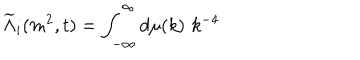
\widetilde { \Lambda } _ { i } ( m ^ { 2 } , t ) = \int _ { - \infty } ^ { \infty } d \mu ( k ) \, \, k ^ { - 4 }